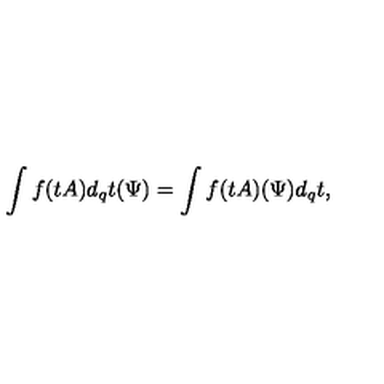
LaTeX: \int f ( t A ) d _ { q } t ( \Psi ) = \int f ( t A ) ( \Psi ) d _ { q } t ,